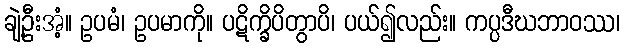
ချဲ့ဦးအံ့။ ဥပမံ၊ ဥပမာကို။ ပဋိက္ခိပိတွာပိ၊ ပယ်၍လည်း။ ကပ္ပဒီဃဘာဝဿ၊